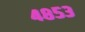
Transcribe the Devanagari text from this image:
४८५३